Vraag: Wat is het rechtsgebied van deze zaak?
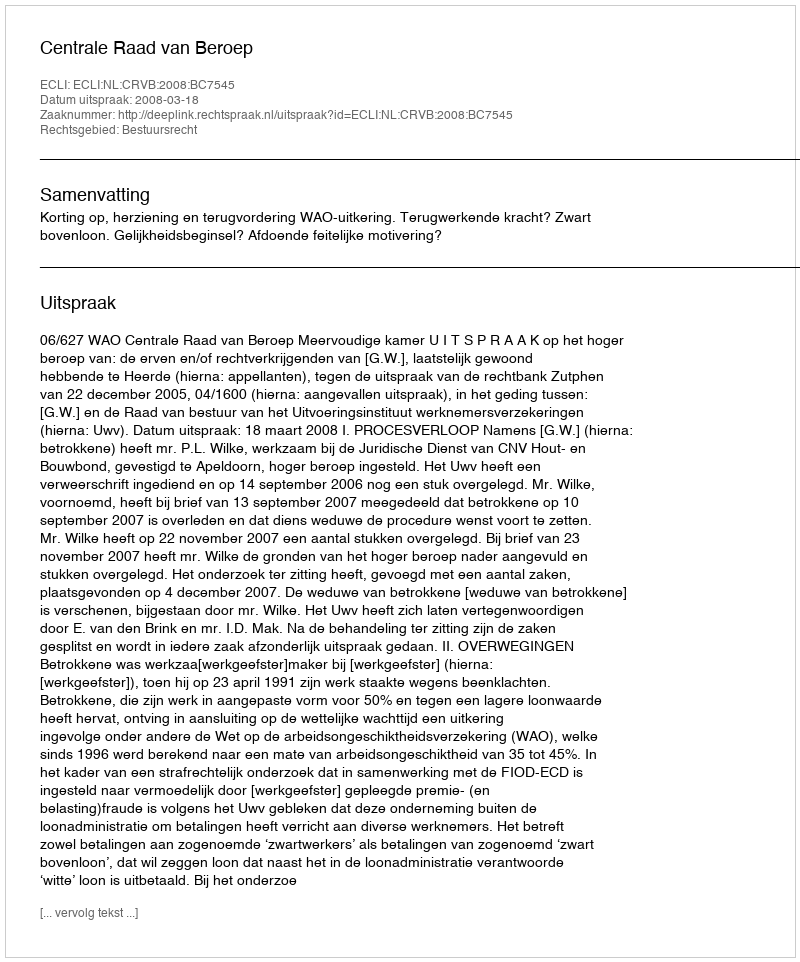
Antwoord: Bestuursrecht